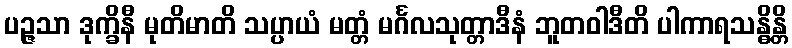
ပဉ္ဇသာ ဒုက္ခိနီ မုတိမာတိ သပ္ပာယံ မတ္တံ မင်္ဂလသုတ္တာဒီနံ ဘူတဝါဒီတိ ပါကာရသန္ဓိန္တိ